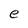
Character: e